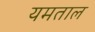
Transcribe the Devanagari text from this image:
यमताल